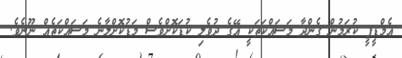
އެމްޑީޕީ ކުރަމުން ގެންދާ މަސައްކަތަކީ އޭގެ ދުވެލި ކުޑަކޮށްވެސް މަޑުކޮށްލާނެ މަސައްކަތެއް ނޫނެވެ.